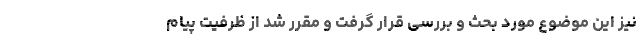
نیز این موضوع مورد بحث و بررسی قرار گرفت و مقرر شد از ظرفیت پیام